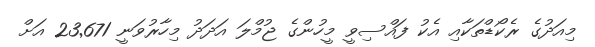
މިއަދުގެ ރެކޯޑްތަކާއި އެކު ފައްސިވީ މީހުންގެ ޖުމްލަ އަދަދު މިހާރުވަނީ 23